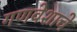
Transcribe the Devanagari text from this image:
गणवेशाचे